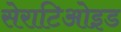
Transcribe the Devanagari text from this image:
सेराटिओइड